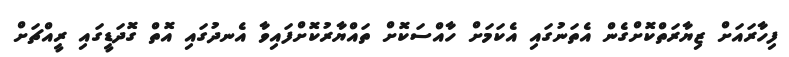
ފިހާރައަށް ޒިޔާރަތްކޮށްގެން އެތަނުގައި އެކަމަށް ހާއްސަކޮށް ތައްޔާރުކޮށްފައިވާ އެނދުގައި އޮތް ގޮދަޑީގައި ރީއްޗަށް